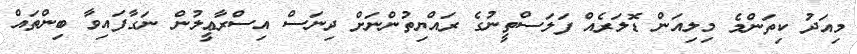
މިއަދު ކިތަންމެ މިލިއަން ޑޮލަރެއް ފަލަސްތީނުގެ ރައްޔިތުންނަށް ދިނަސް އިސްރާޢީލުން ނަގާފައިވާ ބިންތައް